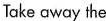
Take away the